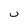
Character: u